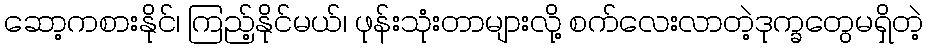
ဆော့ကစားနိုင်၊ ကြည့်နိုင်မယ်၊ ဖုန်းသုံးတာများလို့ စက်လေးလာတဲ့ဒုက္ခတွေမရှိတဲ့